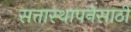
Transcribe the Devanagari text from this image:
सत्तास्थापनेसाठी